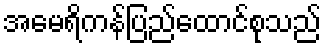
အမေရိကန်ပြည်ထောင်စုသည်